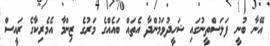
އޭނާ ބުނީ ފަލަސްތީނުގައި ޝަހީދުވަމުންދާ އެތައް ބައެއްގެ މަރުގެ ޒިންމާ އެމެރިކާގެ ރައީސް